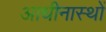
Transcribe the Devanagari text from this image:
आधीनास्थों